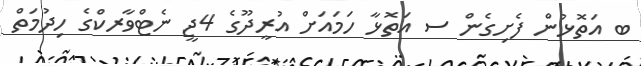
ބ އަތޮޅުން ފެށިގެން ސ އަތޮޅާ ހަަމައަށް އުރީދޫގެ 4ޖީ ނެޓްވާރކްގެ ހިދުމަތް